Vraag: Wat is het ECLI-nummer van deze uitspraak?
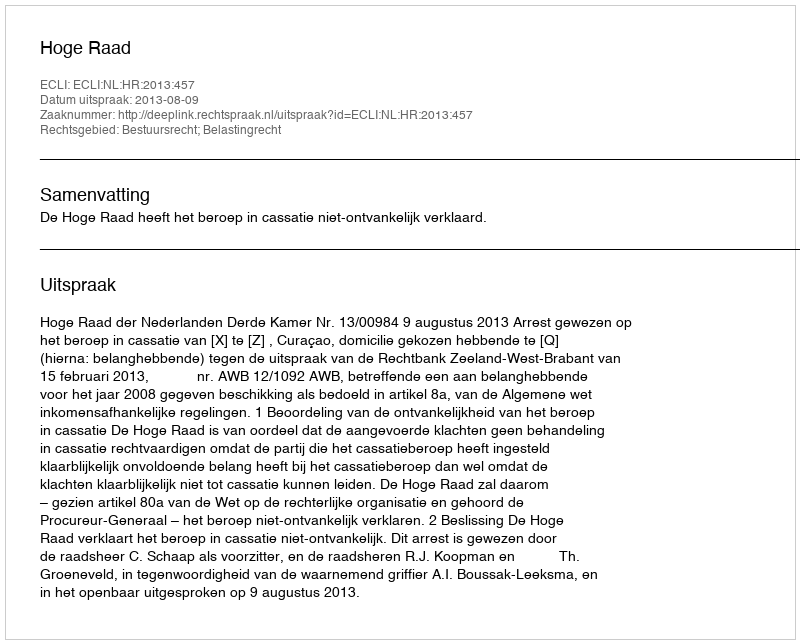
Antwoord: ECLI:NL:HR:2013:457